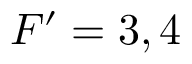
F ^ { \prime } = 3 , 4